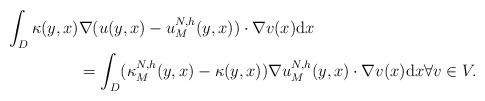
LaTeX: \begin{align*}\int_{D}\kappa(y,x)&\nabla (u(y,x)-u_M^{N,h}(y,x))\cdot\nabla v(x)\mathrm{d}x\\&=\int_{D}(\kappa_M^{N,h}(y,x)-\kappa(y,x))\nabla u_M^{N,h}(y,x)\cdot\nabla v(x)\mathrm{d}x\forall v\in V.\end{align*}